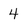
Character: 4